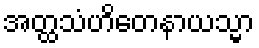
အတ္ထသံဟိတေနာယသ္မာ